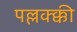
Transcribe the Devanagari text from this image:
पल्लक्क्की